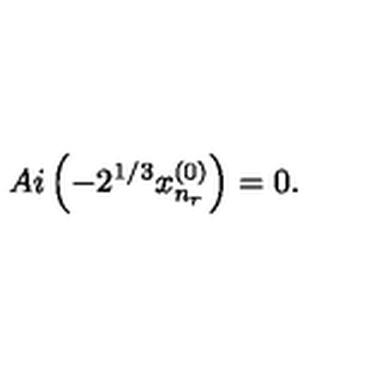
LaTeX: A i \left( - 2 ^ { 1 / 3 } x _ { n _ { r } } ^ { ( 0 ) } \right) = 0 .